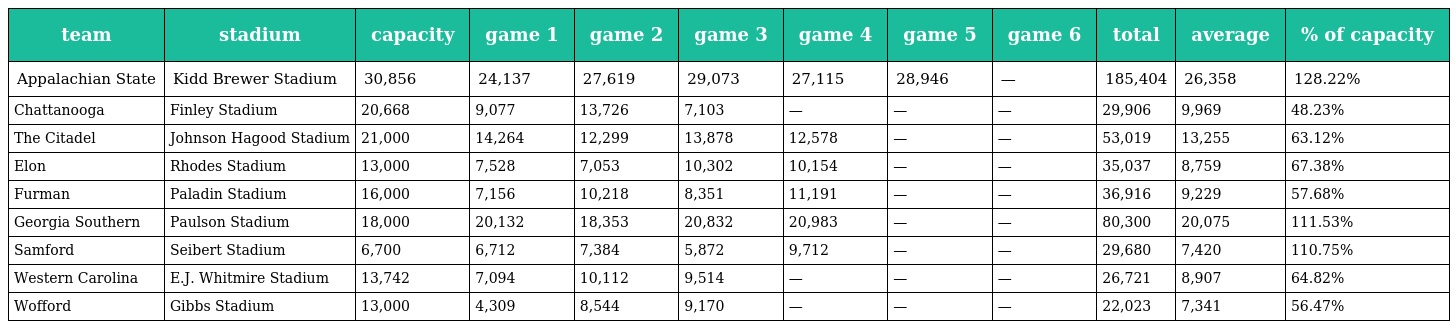
| team | stadium | capacity | game 1 | game 2 | game 3 | game 4 | game 5 | game 6 | total | average | % of capacity |
 | --- | --- | --- | --- | --- | --- | --- | --- | --- | --- | --- | --- |
 | Appalachian State | Kidd Brewer Stadium | 30,856 | 24,137 | 27,619 | 29,073 | 27,115 | 28,946 | — | 185,404 | 26,358 | 128.22% |
 | Chattanooga | Finley Stadium | 20,668 | 9,077 | 13,726 | 7,103 | — | — | — | 29,906 | 9,969 | 48.23% |
 | The Citadel | Johnson Hagood Stadium | 21,000 | 14,264 | 12,299 | 13,878 | 12,578 | — | — | 53,019 | 13,255 | 63.12% |
 | Elon | Rhodes Stadium | 13,000 | 7,528 | 7,053 | 10,302 | 10,154 | — | — | 35,037 | 8,759 | 67.38% |
 | Furman | Paladin Stadium | 16,000 | 7,156 | 10,218 | 8,351 | 11,191 | — | — | 36,916 | 9,229 | 57.68% |
 | Georgia Southern | Paulson Stadium | 18,000 | 20,132 | 18,353 | 20,832 | 20,983 | — | — | 80,300 | 20,075 | 111.53% |
 | Samford | Seibert Stadium | 6,700 | 6,712 | 7,384 | 5,872 | 9,712 | — | — | 29,680 | 7,420 | 110.75% |
 | Western Carolina | E.J. Whitmire Stadium | 13,742 | 7,094 | 10,112 | 9,514 | — | — | — | 26,721 | 8,907 | 64.82% |
 | Wofford | Gibbs Stadium | 13,000 | 4,309 | 8,544 | 9,170 | — | — | — | 22,023 | 7,341 | 56.47% |